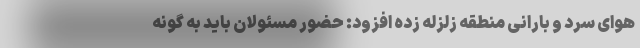
هوای سرد و بارانی منطقه زلزله زده افزود: حضور مسئولان باید به گونه